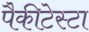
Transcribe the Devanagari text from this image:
पैकीटेस्टा